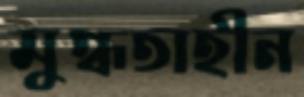
মুগ্ধতাহীন